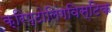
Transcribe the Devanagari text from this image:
क्रिप्टोलिंगविस्टिक